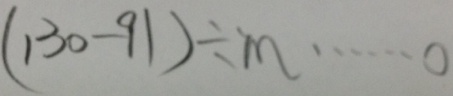
( 1 3 0 - 9 1 ) \div m \cdots 0